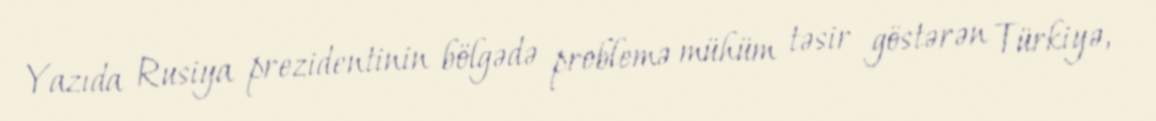
Yazıda Rusiya prezidentinin bölgədə problemə mühüm təsir göstərən Türkiyə,